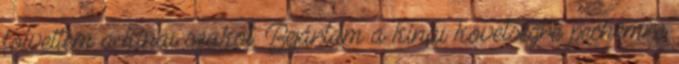
fölvettem a kínai szakot. Bejártam a kínai követségre: pechemre